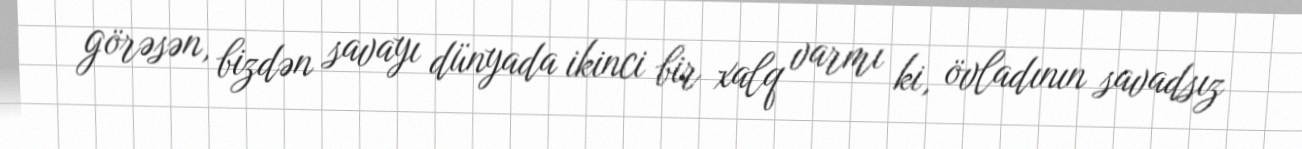
görəsən, bizdən savayı dünyada ikinci bir xalq varmı ki, övladının savadsız